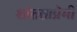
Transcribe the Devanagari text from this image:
शांतताप्रेमी